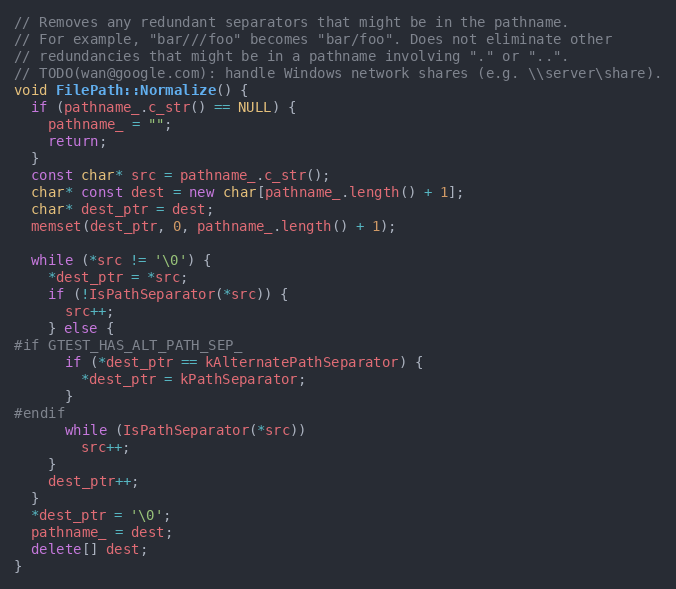
Language: C++
// Removes any redundant separators that might be in the pathname.
// For example, "bar///foo" becomes "bar/foo". Does not eliminate other
// redundancies that might be in a pathname involving "." or "..".
// TODO(wan@google.com): handle Windows network shares (e.g. \\server\share).
void FilePath::Normalize() {
  if (pathname_.c_str() == NULL) {
    pathname_ = "";
    return;
  }
  const char* src = pathname_.c_str();
  char* const dest = new char[pathname_.length() + 1];
  char* dest_ptr = dest;
  memset(dest_ptr, 0, pathname_.length() + 1);

  while (*src != '\0') {
    *dest_ptr = *src;
    if (!IsPathSeparator(*src)) {
      src++;
    } else {
#if GTEST_HAS_ALT_PATH_SEP_
      if (*dest_ptr == kAlternatePathSeparator) {
        *dest_ptr = kPathSeparator;
      }
#endif
      while (IsPathSeparator(*src))
        src++;
    }
    dest_ptr++;
  }
  *dest_ptr = '\0';
  pathname_ = dest;
  delete[] dest;
}